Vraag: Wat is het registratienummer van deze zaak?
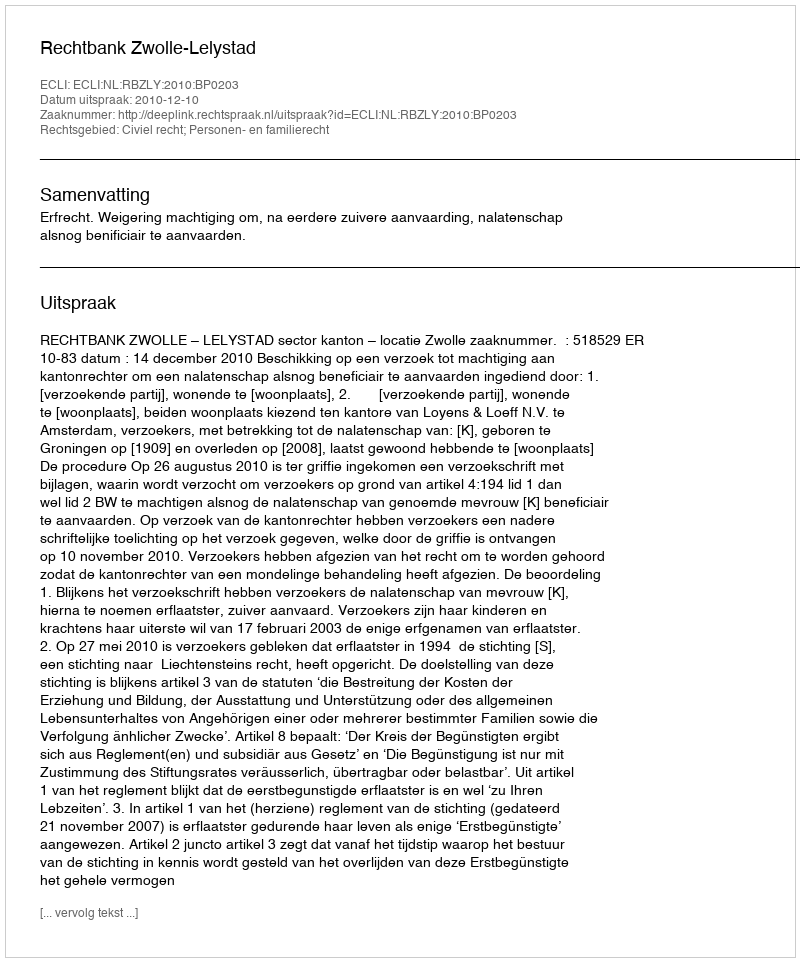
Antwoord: http://deeplink.rechtspraak.nl/uitspraak?id=ECLI:NL:RBZLY:2010:BP0203